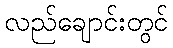
လည်ချောင်းတွင်